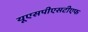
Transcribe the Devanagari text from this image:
यूएसपीएसटीएफ